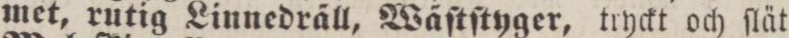
met, rutig Linnedräll, Wäſtſtyger, tryckt och ſlät